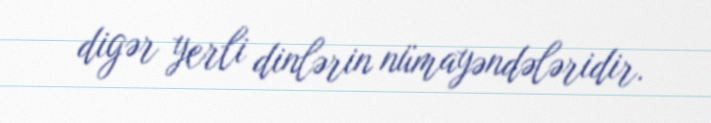
digər yerli dinlərin nümayəndələridir.